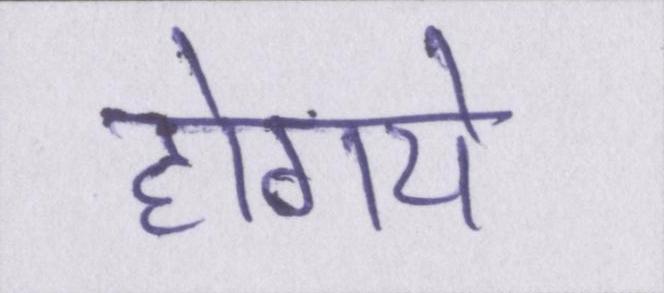
होगये